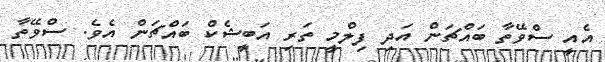
އެއީ ސްވޭތާ ބައްޗަން އަދި ފިލްމީ ތަރި އަބީޝެކް ބައްޗަން އެވެ. ސްވޭތާ